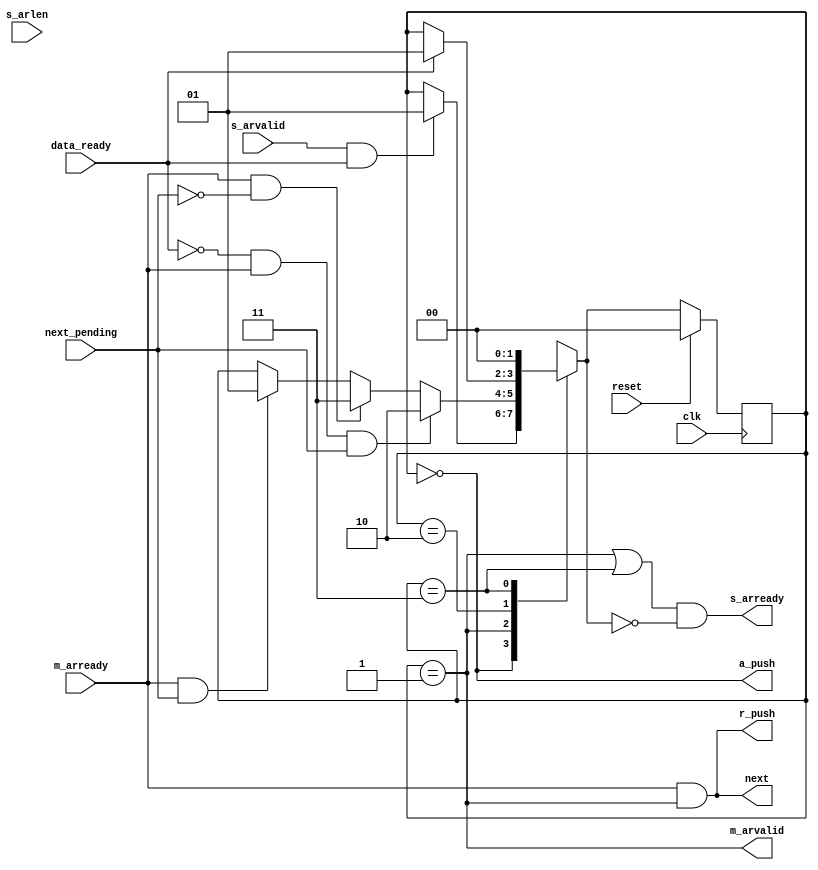
module axi_protocol_converter_v2_1_9_b2s_rd_cmd_fsm (
  input  wire                                 clk           ,
  input  wire                                 reset         ,
  output wire                                 s_arready       ,
  input  wire                                 s_arvalid       ,
  input  wire [7:0]                           s_arlen         ,
  output wire                                 m_arvalid        ,
  input  wire                                 m_arready      ,
  output wire                                 next          ,
  input  wire                                 next_pending  ,
  input  wire                                 data_ready    ,
  output wire                                 a_push        ,
  output wire                                 r_push
);
localparam SM_IDLE                = 2'b00;
localparam SM_CMD_EN              = 2'b01;
localparam SM_CMD_ACCEPTED        = 2'b10;
localparam SM_DONE                = 2'b11;
reg [1:0]       state;
reg [1:0]       state_r1;
reg [1:0]       next_state;
reg [7:0]       s_arlen_r;
always @(posedge clk) begin
  if (reset) begin
    state <= SM_IDLE;
    state_r1 <= SM_IDLE;
    s_arlen_r  <= 0;
  end else begin
    state <= next_state;
    state_r1 <= state;
    s_arlen_r  <= s_arlen;
  end
end
always @( * ) begin
  next_state = state;
  case (state)
    SM_IDLE:
      if (s_arvalid & data_ready) begin
        next_state = SM_CMD_EN;
      end else begin
        next_state = state;
      end
    SM_CMD_EN:
      if (~data_ready & m_arready & next_pending) begin
        next_state = SM_CMD_ACCEPTED;
      end else if (m_arready & ~next_pending)begin
         next_state = SM_DONE;
      end else if (m_arready & next_pending) begin
        next_state = SM_CMD_EN;
      end else begin
        next_state = state;
      end
    SM_CMD_ACCEPTED:
      if (data_ready) begin
        next_state = SM_CMD_EN;
      end else begin
        next_state = state;
      end
    SM_DONE:
        next_state = SM_IDLE;
      default:
        next_state = SM_IDLE;
  endcase
end
assign m_arvalid  = (state == SM_CMD_EN);
assign next    = m_arready && (state == SM_CMD_EN);
assign         r_push  = next;
assign a_push  = (state == SM_IDLE);
assign s_arready = ((state == SM_CMD_EN) || (state == SM_DONE))  && (next_state == SM_IDLE);
endmodule